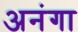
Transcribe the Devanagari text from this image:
अनंगा